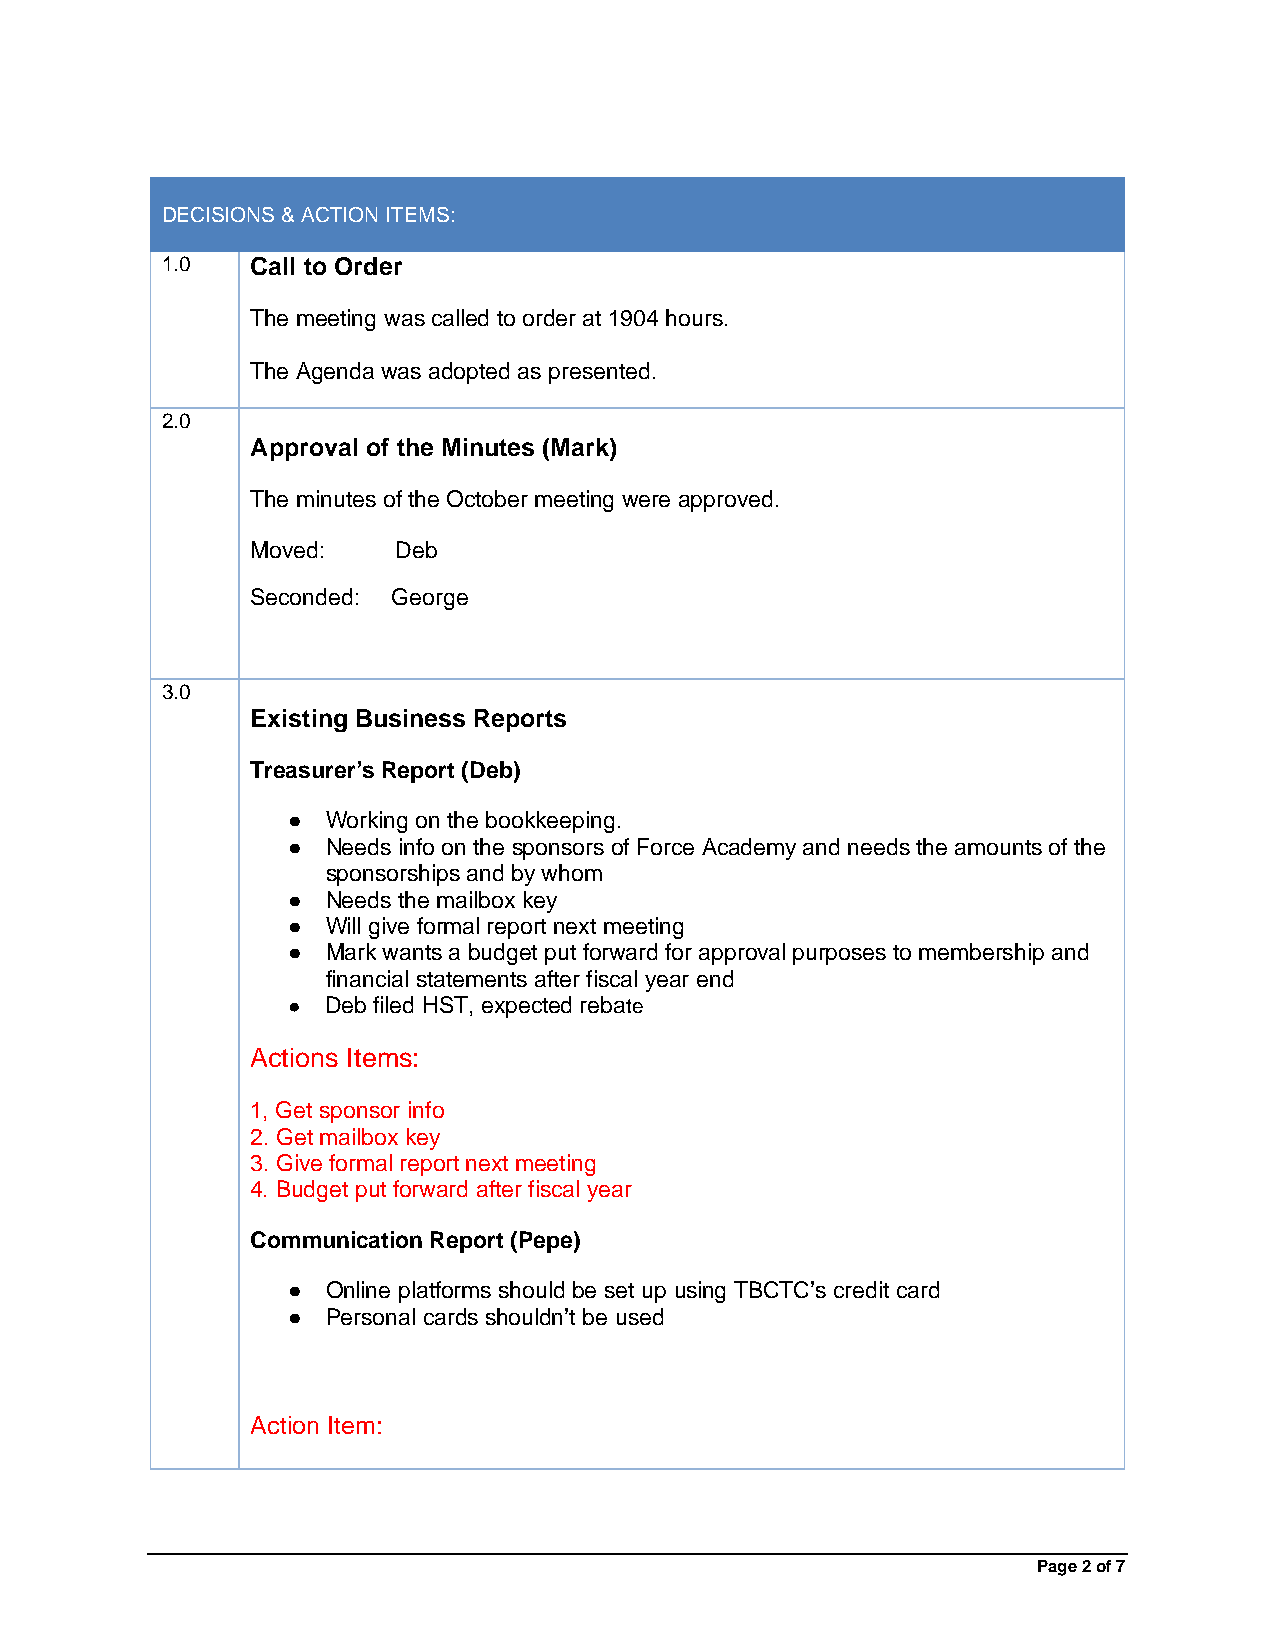
DECISIONS & ACTION ITEMS:
 1.0   Call to Order
 The meeting was called to order at 1904 hours.
 The Agenda was adopted as presented.
 2.0
 Approval of the Minutes (Mark)
 The minutes of the October meeting were approved.
 Moved:   Deb
 Seconded: George
 3.0
 Existing Business Reports
 Treasurer’s Report (Deb)
 ●  Working on the bookkeeping.
 ●  Needs info on the sponsors of Force Academy and needs the amounts of the
 sponsorships and by whom
 ●  Needs the mailbox key
 ●  Will give formal report next meeting
 ●  Mark wants a budget put forward for approval purposes to membership and
 financial statements after fiscal year end
 ●  Deb filed HST, expected rebate
 Actions Items:
 1, Get sponsor info
 2. Get mailbox key
 3. Give formal report next meeting
 4. Budget put forward after fiscal year
 Communication Report (Pepe)
 ●  Online platforms should be set up using TBCTC’s credit card
 ●  Personal cards shouldn’t be used
 Action Item:
 Page 2 of 7